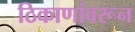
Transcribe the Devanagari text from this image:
ठिकाणांवरून